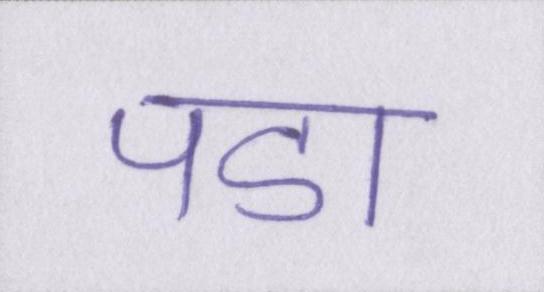
पडा